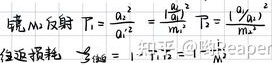
镜 $M_1$ 反射：$T_1 = \frac{a_1^2}{a_0^2} = \frac{|\alpha_1|^2}{|\alpha_0|^2}, T_2 = \frac{|a_2|^2}{|a_0|^2}$
往返损耗：$T = T_1T_2$，$\frac{1}{T} = \frac{1}{T_1}\cdot\frac{1}{T_2}$